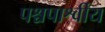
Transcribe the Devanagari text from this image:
पश्चपार्श्वीय